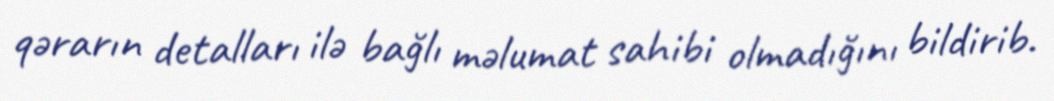
qərarın detalları ilə bağlı məlumat sahibi olmadığını bildirib.